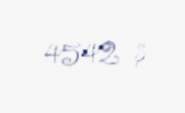
4542 $